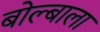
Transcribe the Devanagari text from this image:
बोल्बाला